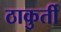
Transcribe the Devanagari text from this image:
ठाकुर्ती